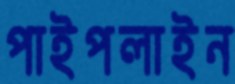
পাইপলাইন